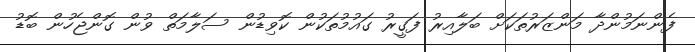
ފެންނަމުންދާ މަންޒަރުތަކަށް ބަލާއިރު ފަގީރު ގައުމުތަކުން ކޮވިޑުން ސަލާމަތް ވުން ގޮންޖެހުން ބޮޑު